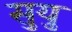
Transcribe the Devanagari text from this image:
सुयु